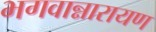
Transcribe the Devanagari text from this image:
भगवान्नारायण